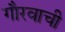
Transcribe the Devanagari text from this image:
गौरवाची